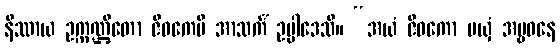
နိဿာယ ဥက္ကဏ္ဌိတော ဇီဝကေပိ အာသင်္ကံ ဥပ္ပါဒေသိ။ “အယံ ဇီဝကော မယှံ အမ္ဗဝနေ